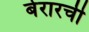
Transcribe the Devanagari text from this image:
बेरारची